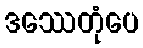
ဒဿေတုံပေ